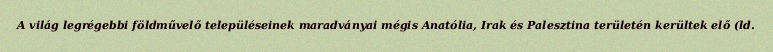
A világ legrégebbi földművelő településeinek maradványai mégis Anatólia, Irak és Palesztina területén kerültek elő (ld.